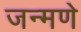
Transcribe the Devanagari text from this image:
जन्मणे